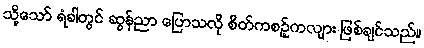
သို့သော် ရံခါတွင် ဆွန်ညာ ပြောသလို စိတ်ကစဉ့်ကလျား ဖြစ်ချင်သည်။